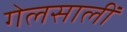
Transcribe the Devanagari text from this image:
गेलसालीं